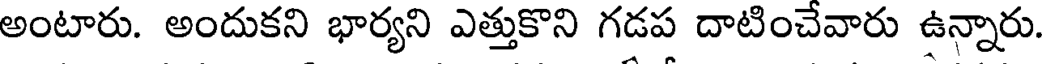
అంటారు. అందుకని భార్యని ఎత్తుకొని గడప దాటించేవారు ఉన్నారు.